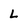
Character: L